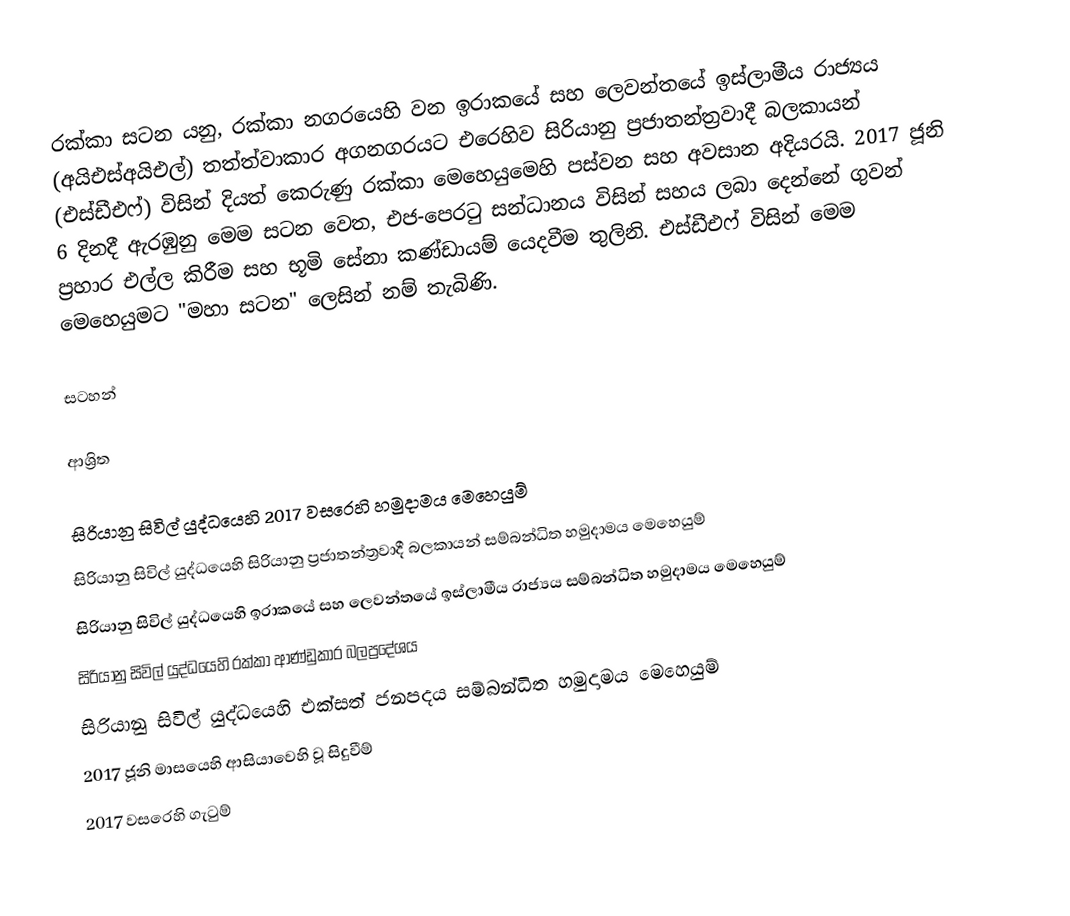
රක්කා සටන යනු,  රක්කා නගරයෙහි වන ඉරාකයේ සහ ලෙවන්තයේ ඉස්ලාමීය රාජ්‍යය (අයිඑස්අයිඑල්) තත්ත්වාකාර අගනගරයට එරෙහිව  සිරියානු ප්‍රජාතන්ත්‍රවාදී බලකායන් (එස්ඩීඑෆ්) විසින් දියත් කෙරුණු රක්කා මෙහෙයුමෙහි පස්වන සහ අවසාන අදියරයි. 2017 ජූනි 6 දිනදී ඇරඹුනු මෙම සටන වෙත, එජ-පෙරටු සන්ධානය විසින් සහය ලබා දෙන්නේ ගුවන් ප්‍රහාර එල්ල කිරීම සහ භූමි සේනා කණ්ඩායම් යෙදවීම තුලිනි.  එස්ඩීඑෆ් විසින් මෙම මෙහෙයුමට "මහා සටන" ලෙසින් නම් තැබිණි.

සටහන්

ආශ්‍රිත

සිරියානු සිවිල් යුද්ධයෙහි 2017 වසරෙහි හමුදාමය මෙහෙයුම්
සිරියානු සිවිල් යුද්ධයෙහි සිරියානු ප්‍රජාතන්ත්‍රවාදී බලකායන් සම්බන්ධිත හමුදාමය මෙහෙයුම්
සිරියානු සිවිල් යුද්ධයෙහි ඉරාකයේ සහ ලෙවන්තයේ ඉස්ලාමීය රාජ්‍යය සම්බන්ධිත හමුදාමය මෙහෙයුම්
සිරියානු සිවිල් යුද්ධයෙහි රක්කා ආණ්ඩුකාර බලප්‍රදේශය
සිරියානු සිවිල් යුද්ධයෙහි එක්සත් ජනපදය සම්බන්ධිත හමුදාමය මෙහෙයුම්
2017 ජූනි මාසයෙහි ආසියාවෙහි වූ සිදුවීම්
 2017 වසරෙහි ගැටුම්